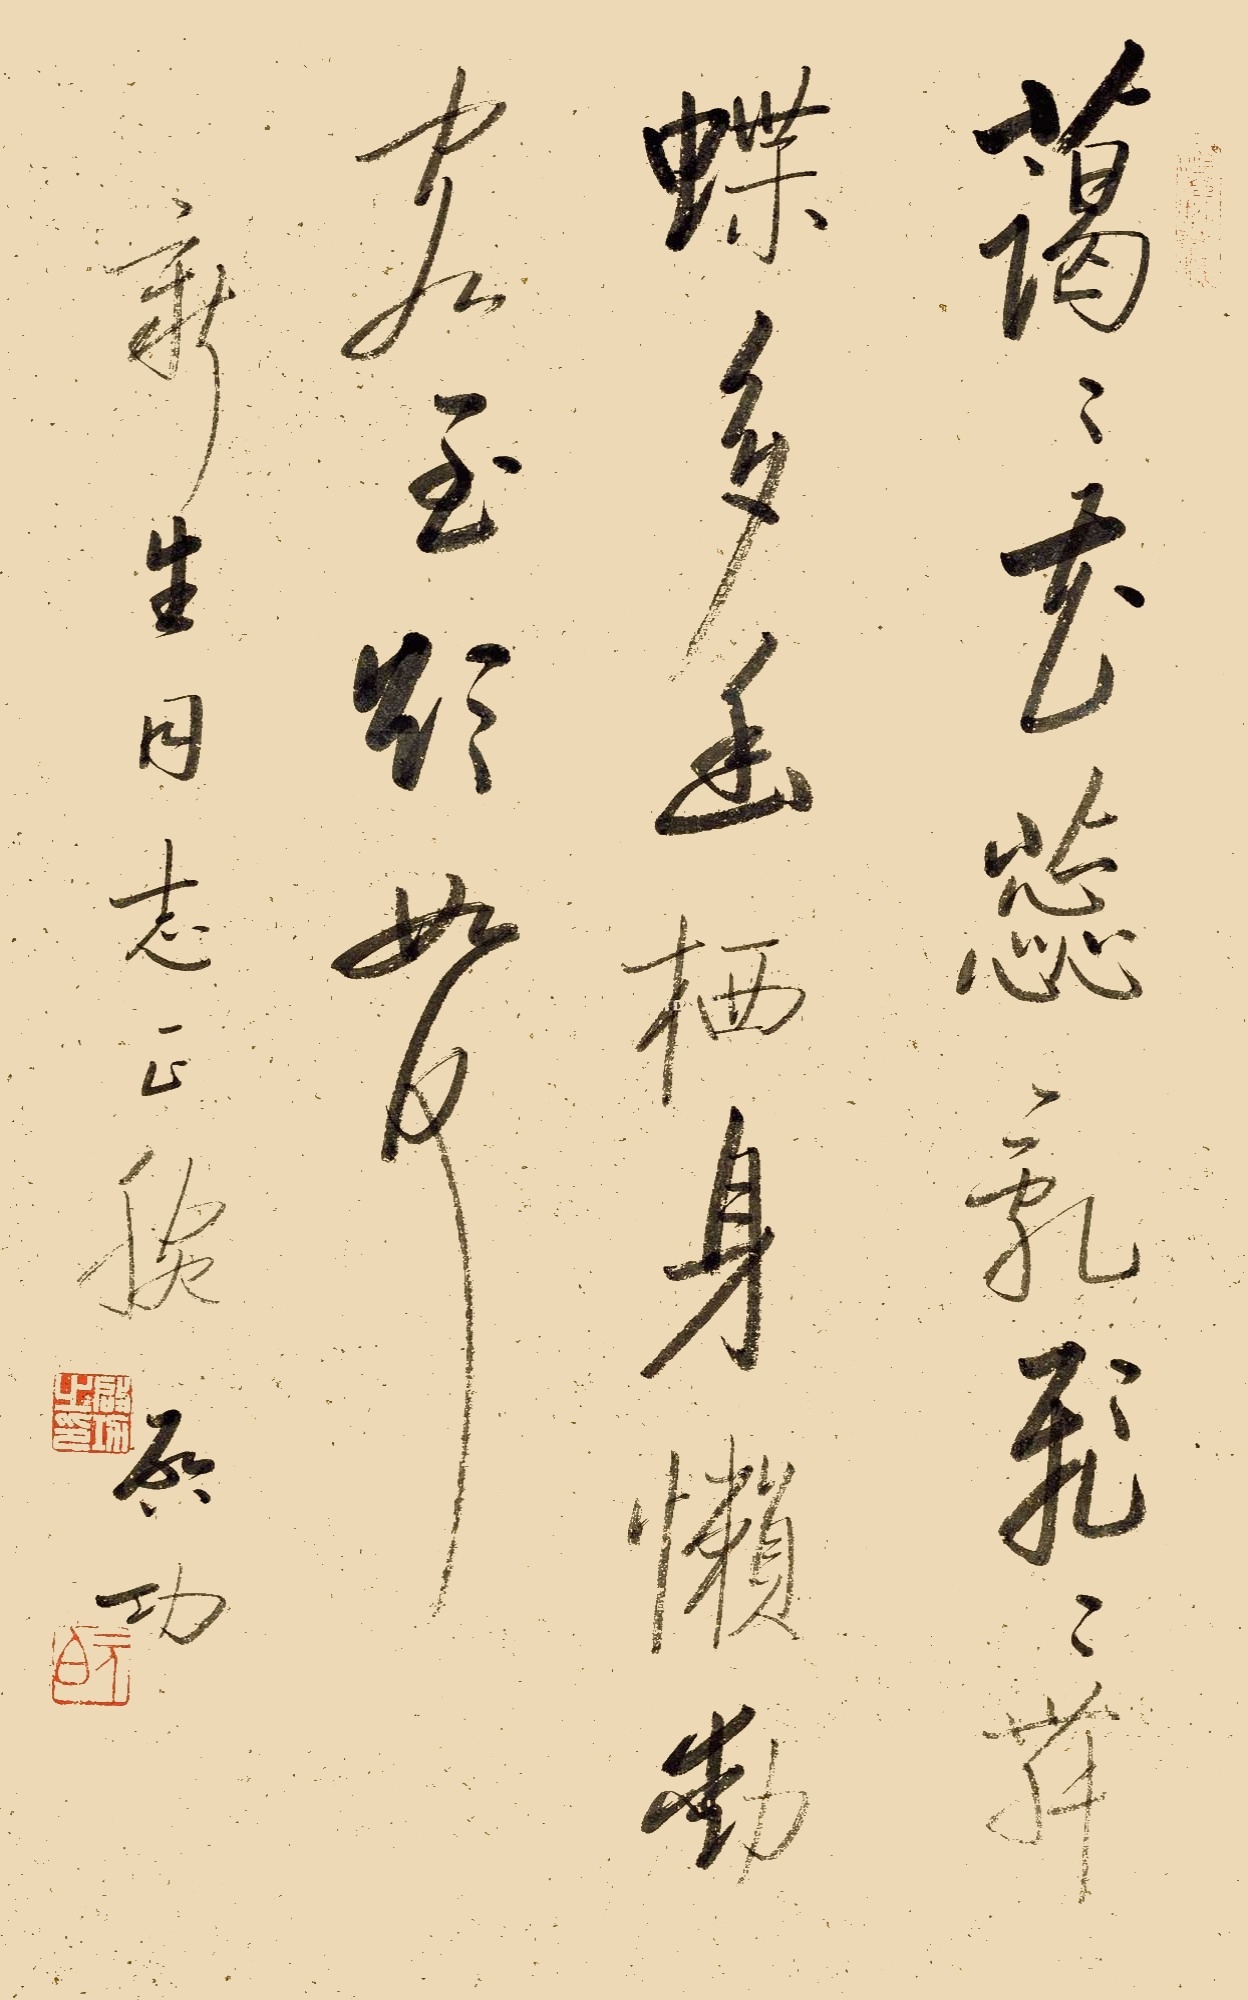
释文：蔼蔼花蕊乱，飞飞蜂蝶多。幽栖身懒动，客至欲如何。新生同志正腕，启功。